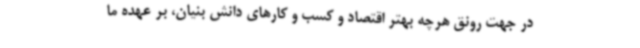
در جهت رونق هرچه بهتر اقتصاد و کسب و کارهای دانش بنیان، بر عهده ما